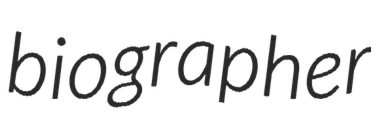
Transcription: biographer